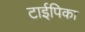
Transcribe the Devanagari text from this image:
टाईपिका